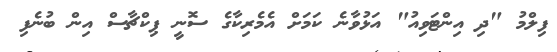
ފިލްމު "ދި އިންޓަވިއު" އަޅުވާނެ ކަމަށް އެމެރިކާގެ ސޮނީ ޕިކްޗާސް އިން ބުނެފި